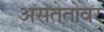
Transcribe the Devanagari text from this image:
असतेतोवर